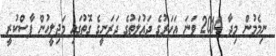
ނިމެމުން މިދާ 2014 ވަނަ އަހަރުގެ ދައުލަތުގެ ދަރަނީގެ ގޮތުގައި މަޖިލީހުން ފާސްކުރީ